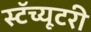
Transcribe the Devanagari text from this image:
स्टॅच्यूटरी